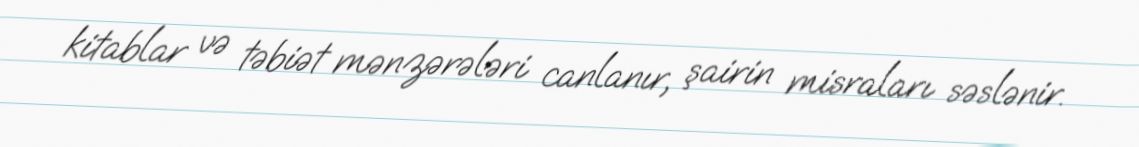
kitablar və təbiət mənzərələri canlanır, şairin misraları səslənir.